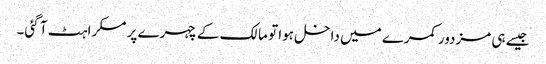
جیسے ہی مزدور کمرے میں داخل ہوا تو مالک کے چہرے پر مسکراہٹ آ گئی۔